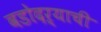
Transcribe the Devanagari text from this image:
वडोदऱ्याची